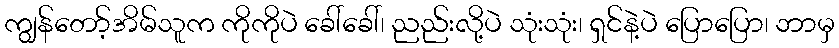
ကျွန်တော့်အိမ်သူက ကိုကိုပဲ ခေါ်ခေါ်၊ ညည်းလို့ပဲ သုံးသုံး၊ ရှင်နဲ့ပဲ ပြောပြော၊ ဘာမှ